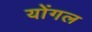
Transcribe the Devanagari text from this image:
योंगल